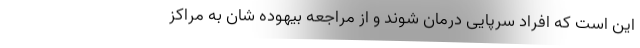
این است که افراد سرپایی درمان شوند و از مراجعه بیهوده شان به مراکز